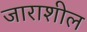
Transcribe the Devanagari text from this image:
जाराशील